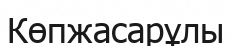
Көпжасарұлы